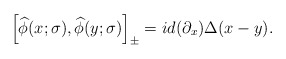
\begin{align*}\left[ {\widehat{ \phi } (x;\sigma ),\widehat{ \phi }(y;\sigma )} \right]_\pm =id (\partial _x)\Delta (x-y). \end{align*}